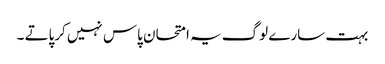
بہت سارے لوگ یہ امتحان پاس نہیں کرپاتے ۔